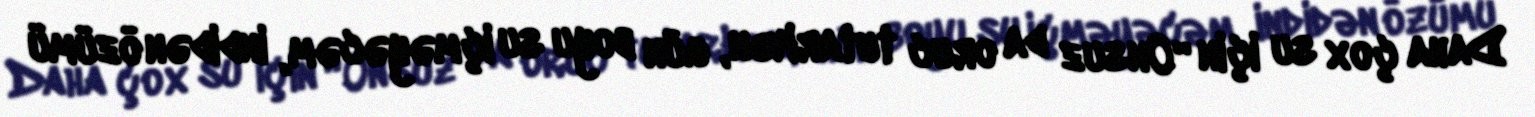
Daha çox su için “Onsuz da oruc tutarkən, gün boyu su içməyəcəm, indidən özümü